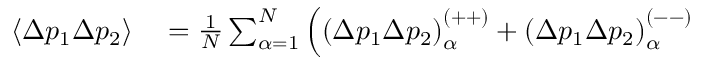
\begin{array} { r l } { \left\langle \Delta p _ { 1 } \Delta p _ { 2 } \right\rangle } & { { } = \frac { 1 } { N } \sum _ { \alpha = 1 } ^ { N } \left( \left( \Delta p _ { 1 } \Delta p _ { 2 } \right) _ { \alpha } ^ { \left( + + \right) } + \left( \Delta p _ { 1 } \Delta p _ { 2 } \right) _ { \alpha } ^ { \left( -- \right) } \right. } \end{array}